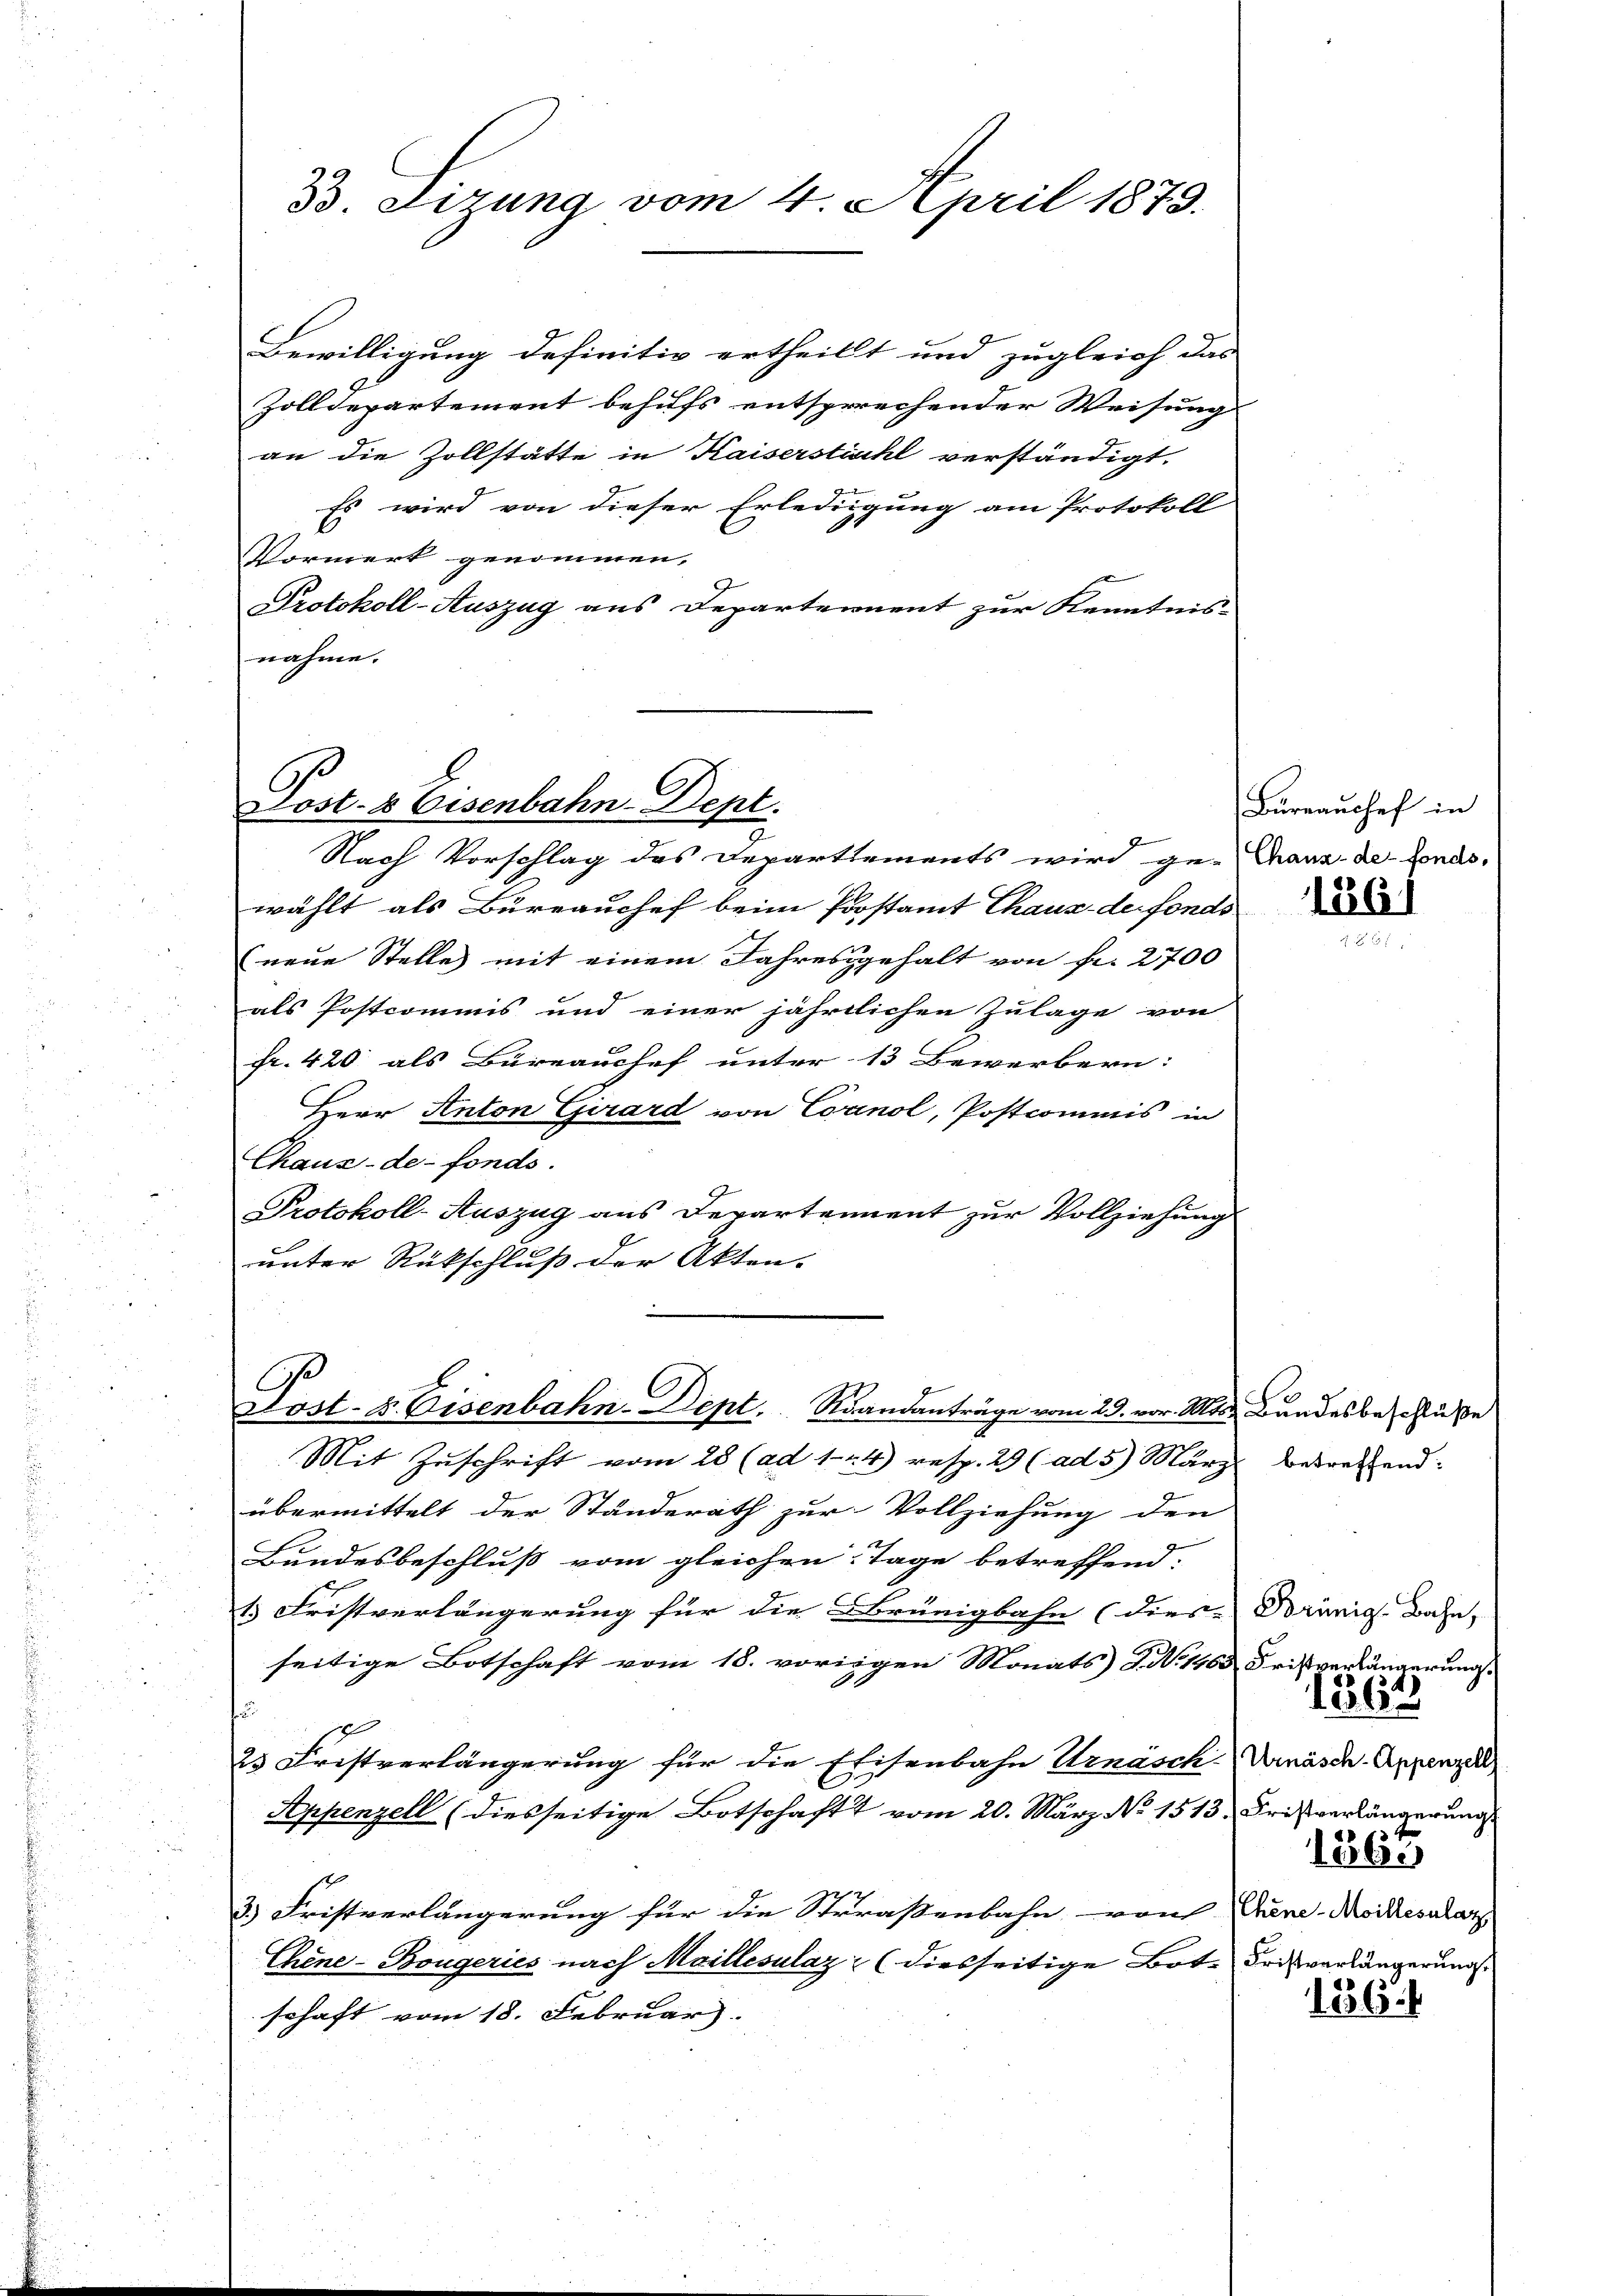
3. Sizung vom 4. April 1879.

Bewilligung definitiv ertheilt und zugleich das
Zolldepartement behufs entsprechender Weisung
an die Zollstätte in Kaiserstischl verständigt.
Es wird von dieser Erledigung am Protokoll
Vormerk genommen,
Protokoll-Auszug aus Departement zur Kenntnis-
nahme.

Post- & Eisenbahn-Dept.

Nach Vorschlag des Departements wird ge-Chaus de fondswählt als Büreauchef beim Postamt Thaus de fonds
(neue Stelle mit einem Jahresgehalt von fr. 2700
als Postcommis und einer jährtlichen Zulage von
fr. 420 als Büreaushef unter 13 Bewerbern:
Herr Anton Girard von Cornol, Postcommis in
Chaux-de-Fonds.
Protokoll-Auszug aus Departement zur Vollziehung
unter Rückschluß der Akten. |
.

Frst. B. Eisenbahn-Dept. Randanträge vom 23. vor. Mts. Bundesbeschluße

Büreaŭchef in

Mit Zuschrift vom 28 (ad 124) resp. 29 (ad 5 März betreffend:
übermittelt der Ständerath zur Vollziehung den
Bundesbeschluß vom gleichen Tage betreffend:
1. Fristverlängerung für die Brünigbahn (dies Dornig Bahn, |
seitige Botschaft vom 18. vorigen Monats TNo. 1468 Fristverlängerung.
¬
18
25 Fristverlängerung für die Eisenbahn Urnäsch-Venäsch-Appenzell
Appenzell (diesseitige Botschaft vom 20. März. No 1513. Fristverlängerung
3) Fristverlängerung für die Strrassenbahn von Gene-Moikesalarz |
Chine-Bougeries nach Maillesulaz: (diesseitige Bote Fristverlängerung
schaft vom 18. Februar. |

1261

1865

1362

1856